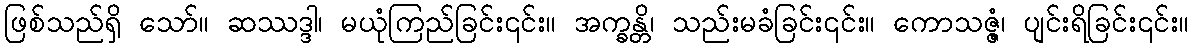
ဖြစ်သည်ရှိ သော်။ ဆဿဒ္ဒါ၊ မယုံကြည်ခြင်း၎င်း။ အက္ခန္တိ၊ သည်းမခံခြင်း၎င်း။ ကောသဇ္ဇံ၊ ပျင်းရိခြင်း၎င်း။